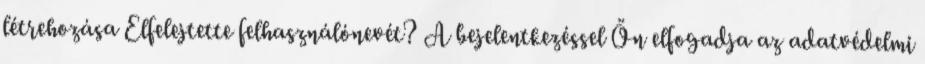
létrehozása Elfelejtette felhasználónevét? A bejelentkezéssel Ön elfogadja az adatvédelmi